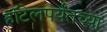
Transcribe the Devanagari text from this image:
हॉटेलपर्यंतच्या